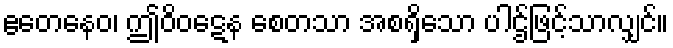
ဧတေနေဝ၊ ဤဝိဝဋေန စေတသာ အစရှိသော ပါဌ်ဖြင့်သာလျှင်။